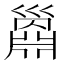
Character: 𢀅